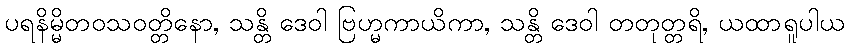
ပရနိမ္မိတဝသဝတ္တိနော, သန္တိ ဒေဝါ ဗြဟ္မကာယိကာ, သန္တိ ဒေဝါ တတုတ္တရိ, ယထာရူပါယ